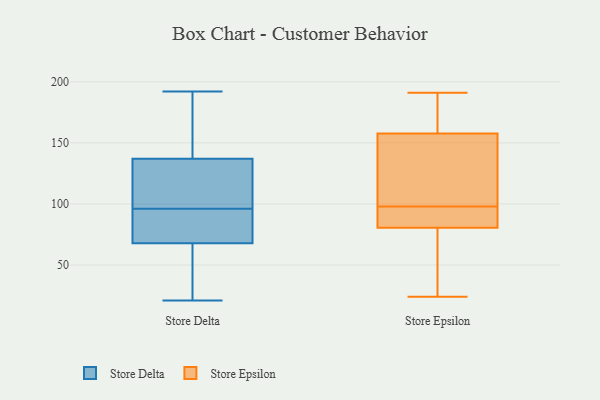
{"axis": {"x": "Population (Million)", "y": "Value"}, "legend": ["Store Delta", "Store Epsilon"], "data": [{"x": "", "y": 31, "type": "Store Delta"}, {"x": "", "y": 133, "type": "Store Delta"}, {"x": "", "y": 96, "type": "Store Delta"}, {"x": "", "y": 68, "type": "Store Delta"}, {"x": "", "y": 126, "type": "Store Delta"}, {"x": "", "y": 189, "type": "Store Delta"}, {"x": "", "y": 80, "type": "Store Delta"}, {"x": "", "y": 67, "type": "Store Delta"}, {"x": "", "y": 192, "type": "Store Delta"}, {"x": "", "y": 116, "type": "Store Delta"}, {"x": "", "y": 158, "type": "Store Delta"}, {"x": "", "y": 56, "type": "Store Delta"}, {"x": "", "y": 21, "type": "Store Delta"}, {"x": "", "y": 121, "type": "Store Delta"}, {"x": "", "y": 149, "type": "Store Delta"}, {"x": "", "y": 91, "type": "Store Delta"}, {"x": "", "y": 84, "type": "Store Delta"}, {"x": "", "y": 24, "type": "Store Epsilon"}, {"x": "", "y": 98, "type": "Store Epsilon"}, {"x": "", "y": 190, "type": "Store Epsilon"}, {"x": "", "y": 191, "type": "Store Epsilon"}, {"x": "", "y": 121, "type": "Store Epsilon"}, {"x": "", "y": 95, "type": "Store Epsilon"}, {"x": "", "y": 41, "type": "Store Epsilon"}, {"x": "", "y": 91, "type": "Store Epsilon"}, {"x": "", "y": 109, "type": "Store Epsilon"}, {"x": "", "y": 170, "type": "Store Epsilon"}, {"x": "", "y": 77, "type": "Store Epsilon"}]}